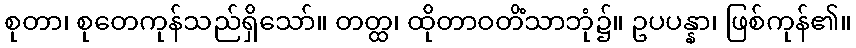
စုတာ၊ စုတေကုန်သည်ရှိသော်။ တတ္ထ၊ ထိုတာဝတိံသာဘုံ၌။ ဥပပန္နာ၊ ဖြစ်ကုန်၏။